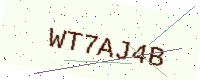
Text: WT7AJ4B